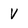
Character: V